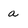
Character: a